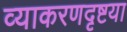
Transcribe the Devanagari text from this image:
व्याकरणदृष्टया